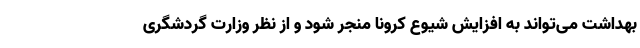
بهداشت می‌تواند به افزایش شیوع کرونا منجر شود و از نظر وزارت گردشگری